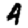
Digit: 4